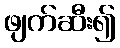
ဖျက်ဆီး၍